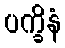
ပက္ခိနံ